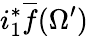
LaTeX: i_{1}^{*}{\overline{{f}}}(\Omega^{\prime})